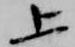
上